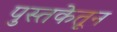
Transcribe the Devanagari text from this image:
पुस्तकेतून